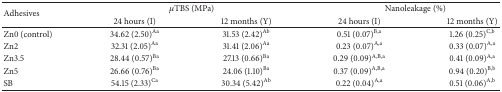
<table><thead><tr><td rowspan="2"><b>Adhesives</b></td><td colspan="2"><b><i>μ</i>TBS (MPa)</b></td><td colspan="2"><b>Nanoleakage (%)</b></td></tr><tr><td><b>24 hours (I)</b></td><td><b>12 months (Y)</b></td><td><b>24 hours (I)</b></td><td><b>12 months (Y)</b></td></tr></thead><tbody><tr><td>Zn0 (control)</td><td>34.62 (2.50)<sup>Aa</sup></td><td>31.53 (2.42)<sup>Ab</sup></td><td>0.51 (0.07)<sup>B,a</sup></td><td>1.26 (0.25)<sup>C,b</sup></td></tr><tr><td>Zn2</td><td>32.31 (2.05)<sup>Aa</sup></td><td>31.41 (2.06)<sup>Aa</sup></td><td>0.23 (0.07)<sup>A,a</sup></td><td>0.33 (0.07)<sup>A,a</sup></td></tr><tr><td>Zn3.5</td><td>28.44 (0.57)<sup>Ba</sup></td><td>27.13 (0.66)<sup>Ba</sup></td><td>0.29 (0.09)<sup>A,B,a</sup></td><td>0.41 (0.09)<sup>A,a</sup></td></tr><tr><td>Zn5</td><td>26.66 (0.76)<sup>Ba</sup></td><td>24.06 (1.10)<sup>Ba</sup></td><td>0.37 (0.09)<sup>A,B,a</sup></td><td>0.94 (0.20)<sup>B,b</sup></td></tr><tr><td>SB</td><td>54.15 (2.33)<sup>Ca</sup></td><td>30.34 (5.42)<sup>Ab</sup></td><td>0.22 (0.04)<sup>A,a</sup></td><td>0.51 (0.06)<sup>A,b</sup></td></tr></tbody></table>